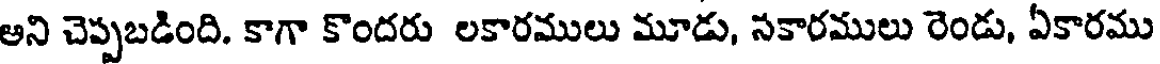
అని చెప్పబడింది. కాగా కొందరు లకారములు మూడు, సకారములు రెండు, ఏకారము